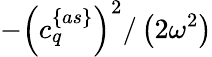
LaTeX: -\left(c_{q}^{\{ as\} }\right)^{2}/\left(2\omega^{2}\right)